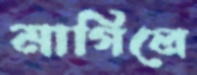
মাগিলে